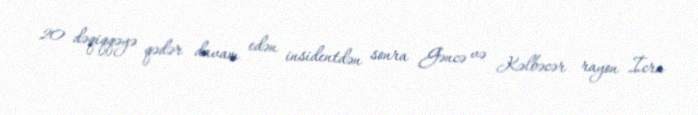
20 dəqiqqəyə qədər davam edən insidentdən sonra Gəncə və Kəlbəcər rayon İcra